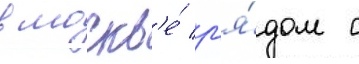
в москв'е́ р'я́дом с